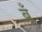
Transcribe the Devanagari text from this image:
ब्रँ